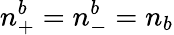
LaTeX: n_{+}^{b}=n_{-}^{b}=n_{b}